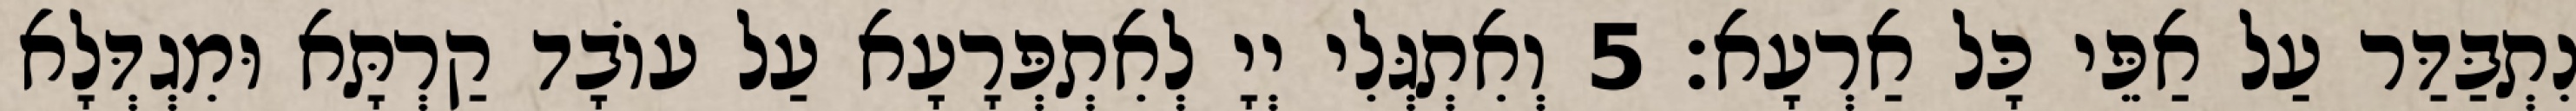
נִתְבַּדַּר עַל אַפֵּי כָּל אַרְעָא׃ 5 וְאִתְגְּלִי יְיָ לְאִתְפְּרָעָא עַל עוֹבָד קַרְתָּא וּמִגְדְּלָא